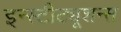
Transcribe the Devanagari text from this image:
इन्स्टीट्यूशन्स